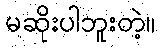
မဆိုးပါဘူးတဲ့။